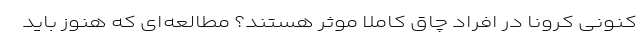
کنونی کرونا در افراد چاق کاملاً موثر هستند؟ مطالعه‌ای که هنوز باید